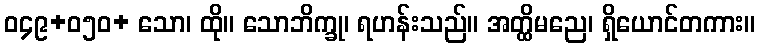
ဝ၄၉+ဝ၅၀+ သော၊ ထို။ သောဘိက္ခု၊ ရဟန်းသည်။ အတ္ထိမညေ၊ ရှိယောင်တကား။